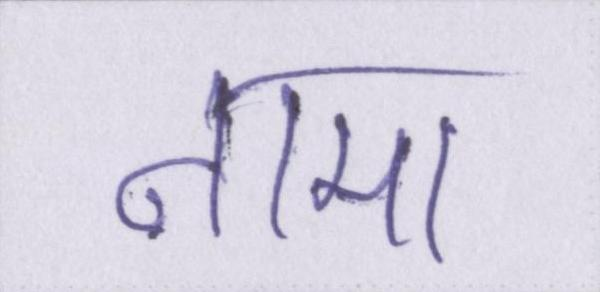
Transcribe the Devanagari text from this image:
नामा